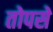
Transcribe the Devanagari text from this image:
तोपसे